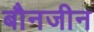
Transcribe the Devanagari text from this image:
बौनजीन